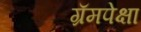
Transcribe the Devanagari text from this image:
ग्रॅमपेक्षा